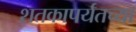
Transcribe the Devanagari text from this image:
शतकापर्यतच्या